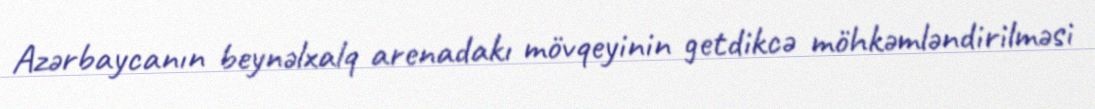
Azərbaycanın beynəlxalq arenadakı mövqeyinin getdikcə möhkəmləndirilməsi